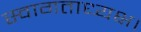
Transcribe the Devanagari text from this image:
स्वागताध्यक्ष।